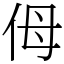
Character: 㑄